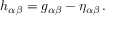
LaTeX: h _ { \alpha \beta } = g _ { \alpha \beta } - \eta _ { \alpha \beta } \, .